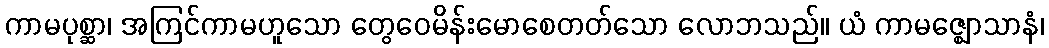
ကာမပုစ္ဆာ၊ အကြင်ကာမဟူသော တွေဝေမိန်းမောစေတတ်သော လောဘသည်။ ယံ ကာမဇ္ဈောသာနံ၊